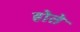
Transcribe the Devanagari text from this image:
होते